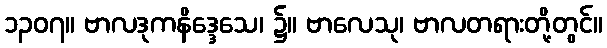
၁၃၀၇။ ဗာလဒုကနိဒ္ဒေသေ၊ ၌။ ဗာလေသု၊ ဗာလတရားတို့တွင်။